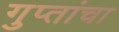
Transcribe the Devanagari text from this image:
गुप्तांचा